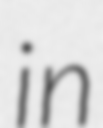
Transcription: in